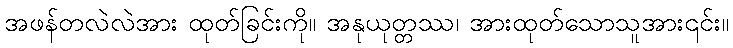
အဖန်တလဲလဲအား ထုတ်ခြင်းကို။ အနုယုတ္တဿ၊ အားထုတ်သောသူအား၎င်း။